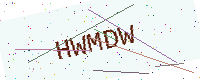
Text: HWMDW